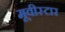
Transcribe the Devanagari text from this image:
मूवीस्टार